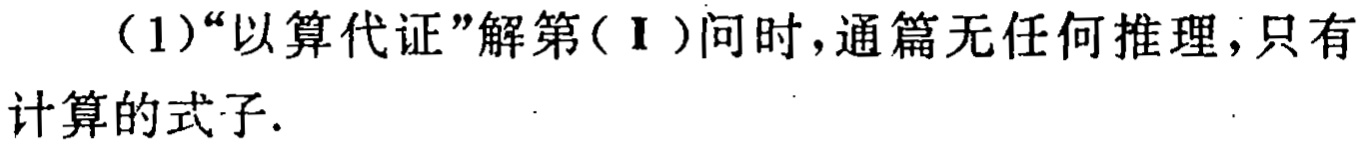
（1）“以算代证”解第(Ⅰ)问时,通篇无任何推理,只有计算的式子.